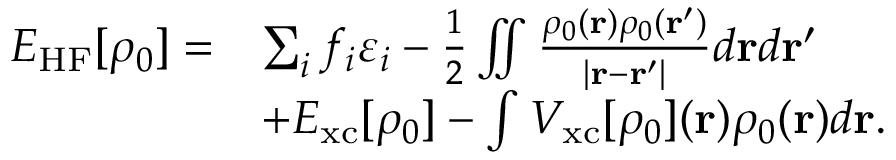
\begin{array} { r l } { E _ { \mathrm { H F } } [ \rho _ { 0 } ] = } & { \sum _ { i } f _ { i } \varepsilon _ { i } - \frac { 1 } { 2 } \iint \frac { \rho _ { 0 } ( { \bf r } ) \rho _ { 0 } ( { \bf r ^ { \prime } } ) } { \vert { \bf r - r ^ { \prime } } \vert } d { \bf r } d { \bf r ^ { \prime } } } \\ & { + E _ { \mathrm { x c } } [ \rho _ { 0 } ] - \int V _ { \mathrm { x c } } [ \rho _ { 0 } ] ( { \bf r } ) \rho _ { 0 } ( { \bf r } ) d { \bf r } . } \end{array}